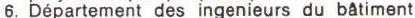
6. Département des ingenieurs du bâtiment